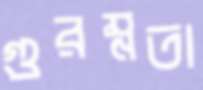
গুরম্নতা